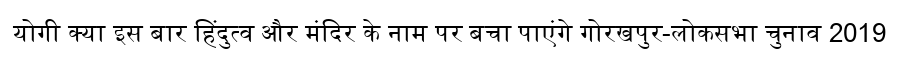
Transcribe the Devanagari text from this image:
योगी क्या इस बार हिंदुत्व और मंदिर के नाम पर बचा पाएंगे गोरखपुर-लोकसभा चुनाव 2019